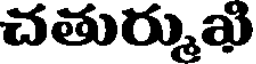
చతుర్ముఖి